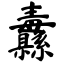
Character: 纛